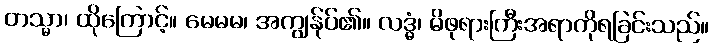
တသ္မာ၊ ထိုကြောင့်။ မေမမ၊ အကျွန်ုပ်၏။ လဒ္ဓံ၊ မိဖုရားကြီးအရာကိုရခြင်းသည်။